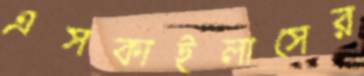
এসকাইলাসের